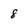
Character: 8